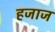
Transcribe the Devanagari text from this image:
हजाज